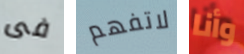
فى لاتفهم وأنا